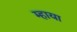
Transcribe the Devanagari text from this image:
म्हाया